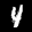
Label: 4